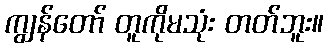
ကျွန်တော် တူကိုမသုံး တတ်ဘူး။